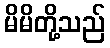
မိမိတို့သည်